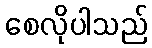
စေလိုပါသည်